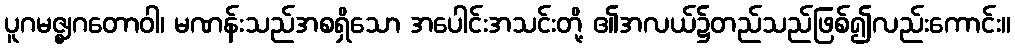
ပူဂမဇ္ဈဂတောဝါ၊ မဏန်းသည်အစရှိသော အပေါင်းအသင်းတို့ ၏အလယ်၌တည်သည်ဖြစ်၍လည်းကောင်း။